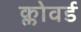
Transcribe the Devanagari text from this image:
क्लोवर्ड